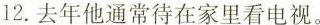
12.去年他通常待在家里看电视。